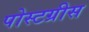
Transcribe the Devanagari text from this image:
पोस्टग्रीस